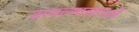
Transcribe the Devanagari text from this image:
वाचल्यासारखे